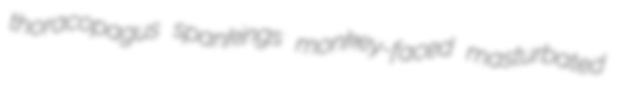
thoracopagus spankings monkey-faced masturbated